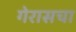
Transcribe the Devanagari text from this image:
गेरासचा